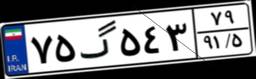
۰۶گ۲۲۸۰۳